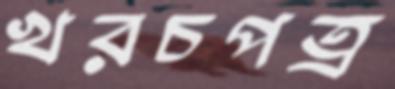
খরচপত্র